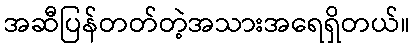
အဆီပြန်တတ်တဲ့အသားအရေရှိတယ်။